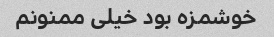
خوشمزه بود خیلی ممنونم